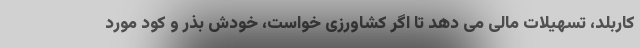
کاربلد، تسهیلات مالی می دهد تا اگر کشاورزی خواست، خودش بذر و کود مورد